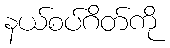
နယ်စပ်ဂိတ်ကို